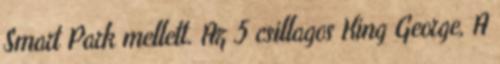
Smart Park mellett. Az 5 csillagos King George, A